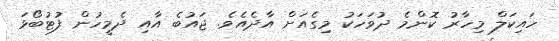
ހައިކަލް މިހާރު ކޮންމެ ދުވަހަކު މިގެއަށް އާދެއެވެ. ޖައުބެ އާއި ދެމީހުން ފުޓުބޯޅަ